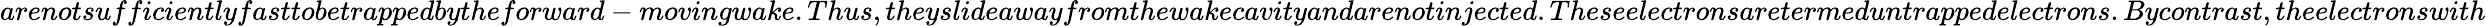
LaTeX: arenotsufficientlyfasttobetrappedbytheforward-movingwake.Thus,theyslideawayfromthewakecavityandarenotinjected.Theseelectronsaretermed\textit{untrappedelectrons}.Bycontrast,theelectronswith